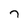
Character: 7